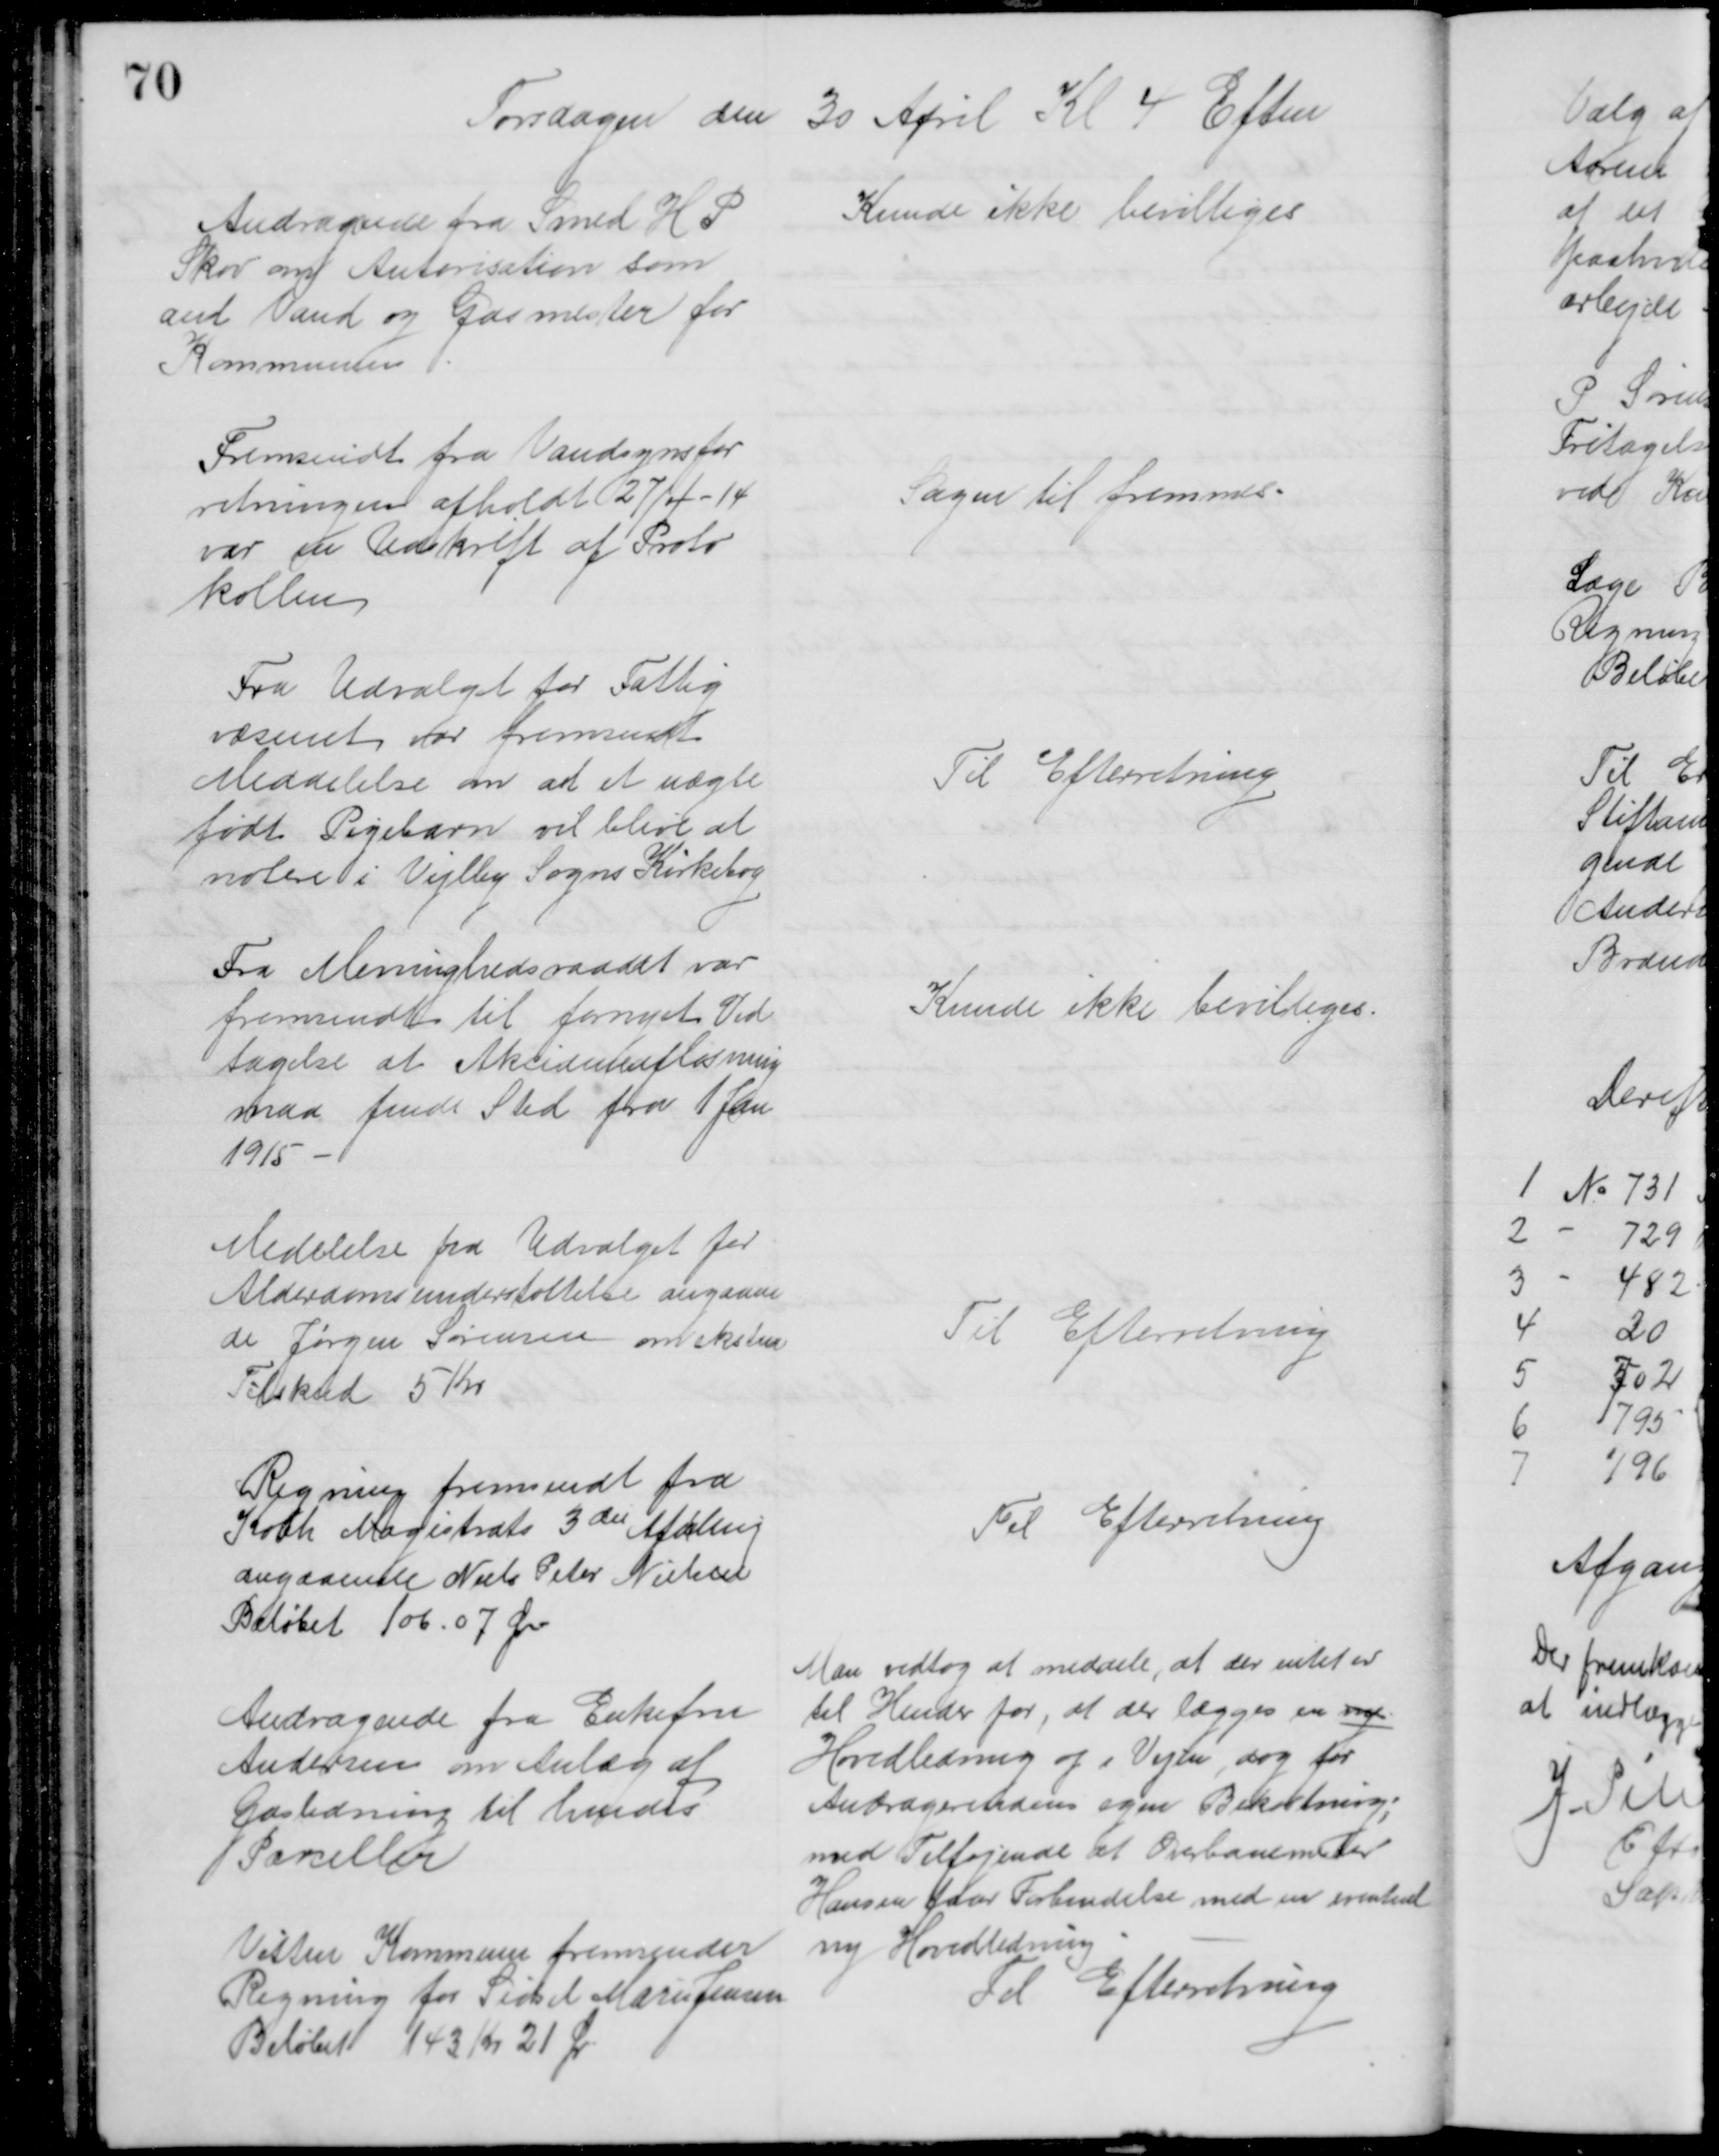
Transskription:
Torsdagen den 30 April Kl 4 Eftm
Andragende fra Smed H P 
Skov om Autorisation som
aut Vand og Gasmester for
Kommunen
Kunde ikke bevilliges
Fremsendt fra Vandsynsfor
retningen afholdt 27/4 - 14
var en Udskrift af Proto
kollen
Sagen til fremmes.
Fra Udvalget for Fattig
væsenet for fremsendt
Meddelelse om at et uægte
født Pigebarn vil blive at 
notere i Vejlby Sogns Kirkebog
Til Efterretning
Fra Meninghedsraadet var
fremsendt til fornyet Ved
tagelse at Akcidentsafløsning
maa finde Sted fra 1 Jan
1915
Kunde ikke bevilliges.
Medelelse fra Udvalget for
Alderdomsunderstøttelse angaaen
de Jørgen Sørensen om ekstra
Tilskud 5 Kr
Til Efterretning
Regning fremsendt fra
Købh Magistrats 3die Afdeling
angaaende Niels Peter Nielsen
Beløbet 106.07 Øre
Til Efterretning
Andragende fra Enkefru
Andersen om Anlæg af
Gasledning til hendes
Parceller
Man vedtog at meddele, at der intet er
til Hinder for, at der lægges en ny
Hovedledning og i Vejen, dog for 
Andragerindens egen Bekostning;
med Tilføjende at Overbanemester
Hansen faar Forbindelse med en eventuel
ny Hovedledning
Vitten Kommune fremsender
Regning for Sidsel Marie Jensen
Beløbet 143 Kr 21 Ør
Til Efterretning